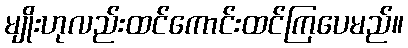
မျိုးဟုလည်းထင်ကောင်းထင်ကြပေမည်။